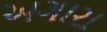
અગારા